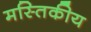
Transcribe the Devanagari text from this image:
मस्तिकीय